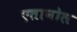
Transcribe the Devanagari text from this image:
एतानोल